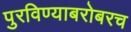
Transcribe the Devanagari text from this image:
पुरविण्याबरोबरच